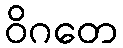
ဝိဂတေ